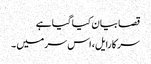
قصا بیان کیا گیا ہے
سر کارایل، اس سر میں ۔